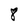
Character: 8